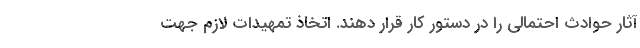
آثار حوادث احتمالی را در دستور کار قرار دهند. اتخاذ تمهیدات لازم جهت